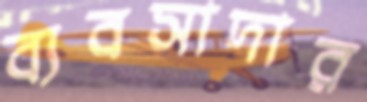
ব্যবসাদার